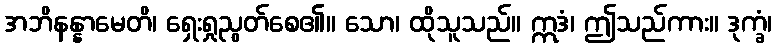
အဘိနန္နာမေတိ၊ ရှေးရှုညွတ်စေ၏။ သော၊ ထိုသူသည်။ ဣဒံ၊ ဤသည်ကား။ ဒုက္ခံ၊